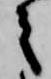
之